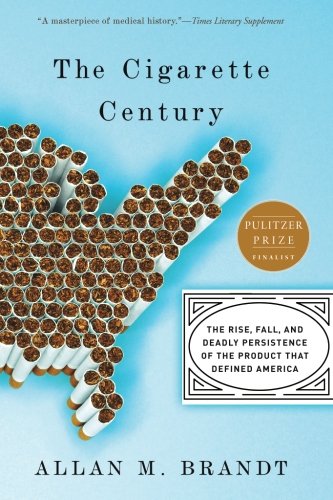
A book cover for The Cigarette Century: The Rise, Fall, and Deadly Persistence of the Product That Defined America; Allan Brandt; Health, Fitness & Dieting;